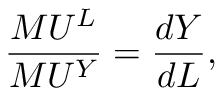
{ \frac { M U ^ { L } } { M U ^ { Y } } } = { \frac { d Y } { d L } } ,